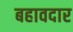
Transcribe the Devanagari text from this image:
बहावदार